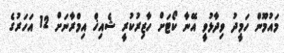
މައުމޫން ހަމީދު ވިދާޅުވީ އޭނާ ކޯޓަށް ހާޒިރުކުރީ ޝެއިޚް އިމްރާނަށް 12 އަހަރުގެ